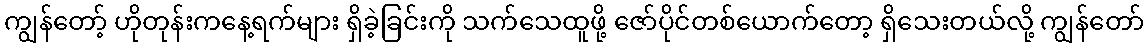
ကျွန်တော့် ဟိုတုန်းကနေ့ရက်များ ရှိခဲ့ခြင်းကို သက်သေထူဖို့ ဇော်ပိုင်တစ်ယောက်တော့ ရှိသေးတယ်လို့ ကျွန်တော်